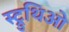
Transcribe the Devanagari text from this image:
स्ट्रुथिओ